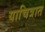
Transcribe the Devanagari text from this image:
याचित्रात